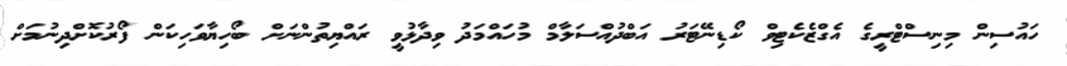
ހައުސިން މިނިސްޓްރީގެ އެގްޒެކެޓިވް ކޯޑިނޭޓަރު އަބްދުއްސަލާމް މުހައްމަދު ވިދާޅުވީ ރައްޔިތުންނަށް ބޯހިޔާވަހިކަން ފޯރުކޮށްދިނުމަށް